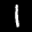
Label: 1